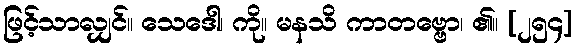
ဖြင့်သာလျှင်။ သေဒေါ၊ ကို။ မနသိ ကာတဗ္ဗော၊ ၏။ [၂၅၄]